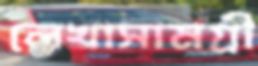
লেখাসামগ্রী